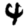
Digit: 4